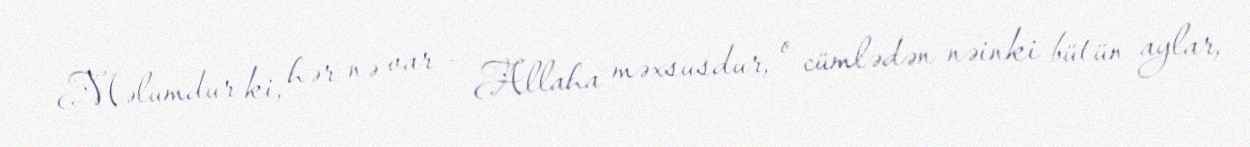
Məlumdur ki, hər nə var - Allaha məxsusdur, o cümlədən nəinki bütün aylar,